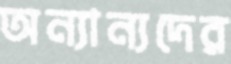
অন্যান্যদের